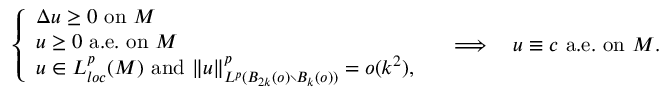
\left\{ \begin{array} { l l } { \Delta u \geq 0 \mathrm { ~ o n ~ } M } \\ { u \geq 0 \mathrm { ~ a . e . ~ o n ~ } M } \\ { u \in L _ { l o c } ^ { p } ( M ) \mathrm { ~ a n d ~ } \| u \| _ { L ^ { p } ( B _ { 2 k } ( o ) \setminus B _ { k } ( o ) ) } ^ { p } = o ( k ^ { 2 } ) , } \end{array} \right. \quad \Longrightarrow \quad u \equiv c \mathrm { ~ a . e . ~ o n ~ } M .